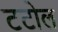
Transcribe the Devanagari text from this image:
टटोल